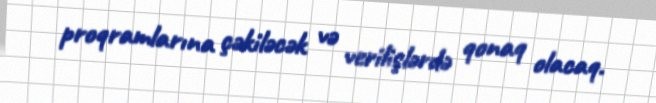
proqramlarına çəkiləcək və verilişlərdə qonaq olacaq.